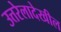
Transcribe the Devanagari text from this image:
उत्तरेलादेखील